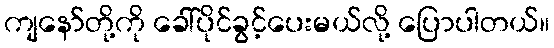
ကျနော်တို့ကို ခေါ်ပိုင်ခွင့်ပေးမယ်လို့ ပြောပါတယ်။